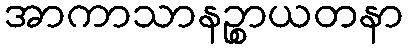
အာကာသာနဉ္စာယတနာ